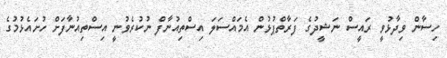
ހިސާން ވިދާޅުވީ ރައީސް ނަޝީދުގެ ފަރާތްޕުޅުން އެމައްސަލަ އިސްތިއުނާފް ނުކުރެވުނީ އިސްތިއުނާފަށް ހުށައެޅުމުގެ